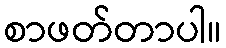
စာဖတ်တာပါ။